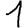
Digit: 1